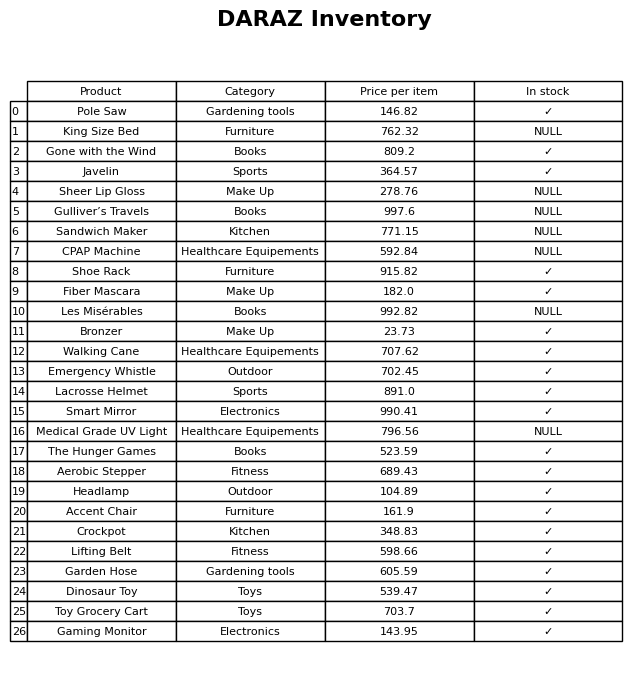
question: What is the price for Emergency Whistle?
answer: The price of Emergency Whistle is 702.45.